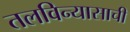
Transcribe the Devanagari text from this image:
तलविन्यासाची